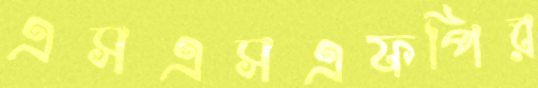
এসএসএফপির